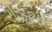
રોકશો